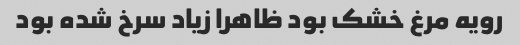
رویه مرغ خشک بود ظاهرا زیاد سرخ شده بود